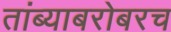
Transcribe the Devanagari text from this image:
तांब्याबरोबरच